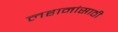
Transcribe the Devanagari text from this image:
लहानांसाठी